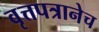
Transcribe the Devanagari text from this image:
वृत्तपत्रानेच